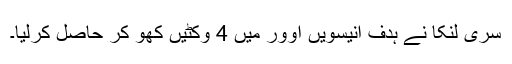
سری لنکا نے ہدف انیسویں اوور میں 4 وکٹیں کھو کر حاصل کرلیا۔